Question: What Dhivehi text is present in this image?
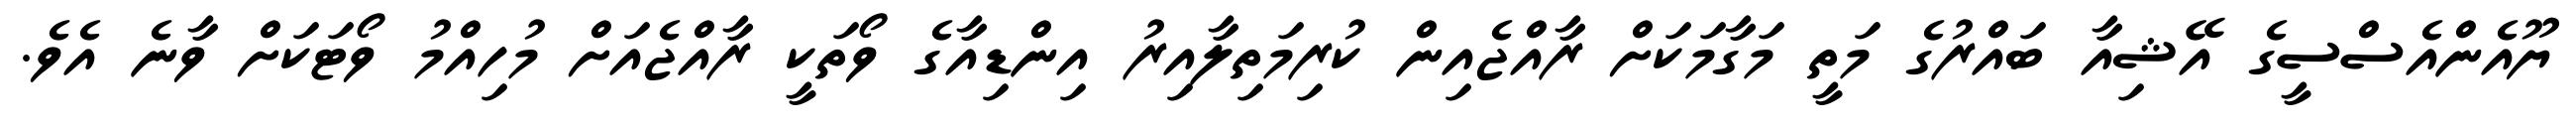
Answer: ޔޫއެންއެސްސީގެ އޭޝިއާ ބައްރުގެ މަތީ މަގާމަކަށް ރާއްޖެއިން ކުރިމަތިލާއިރު އިންޑިއާގެ ވޯތަކީ ރާއްޖެއަށް މުހިއްމު ވޯޓަކަށް ވާނެ އެވެ.